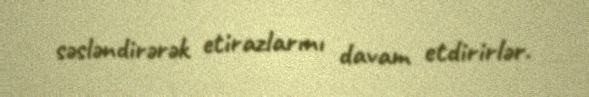
səsləndirərək etirazlarını davam etdirirlər.